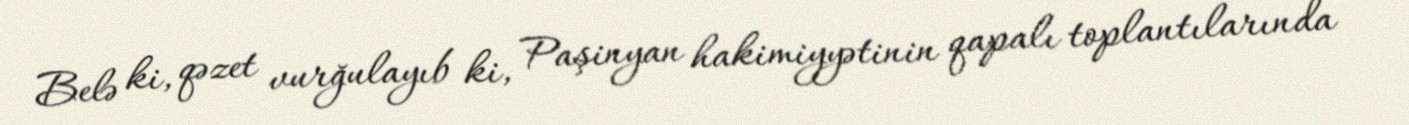
Belə ki, qəzet vurğulayıb ki, Paşinyan hakimiyyətinin qapalı toplantılarında